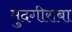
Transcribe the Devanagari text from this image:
मुदगीराबा